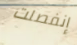
إنفصلت